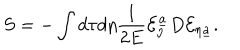
S = - \int d \tau d \eta { \frac { 1 } { 2 E } } { \cal E } _ { \eta } ^ { \underline { { a } } } D { \cal E } _ { \eta \underline { { a } } } .